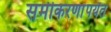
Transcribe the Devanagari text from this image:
समीकरणांपर्यंत